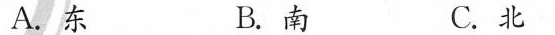
A.东 B.南 C.北